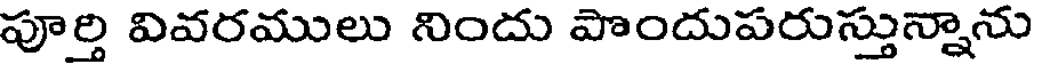
పూర్తి వివరములు నిందు పొందుపరుస్తున్నాను